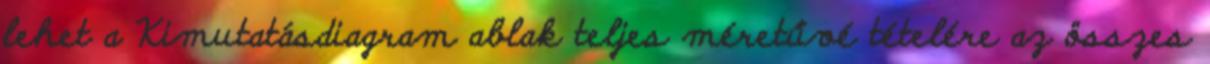
lehet a Kimutatásdiagram ablak teljes méretűvé tételére az összes